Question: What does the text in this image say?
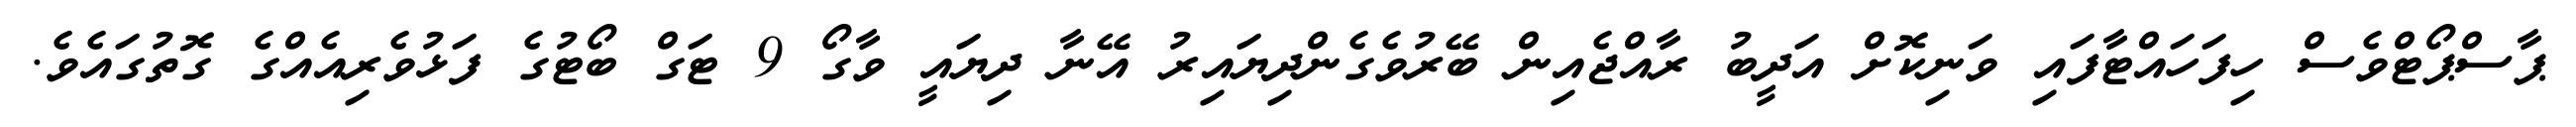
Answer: ޕާސްޕޯޓްވެސް ހިފަހައްޓާފައި ވަނިކޮށް އަދީބު ރާއްޖެއިން ބޭރުވެގެންދިޔައިރު އޭނާ ދިޔައީ ވާގޯ 9 ޓަގް ބޯޓުގެ ފަޅުވެރިއެއްގެ ގޮތުގައެވެ.